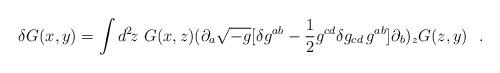
LaTeX: \begin{align*}\delta G(x,y)=\int d^2\!z\ G(x,z) (\partial_a\sqrt{-g}[\delta g^{ab}-{1\over2}g^{cd}\delta g_{cd}\, g^{ab}]\partial_b)_zG(z,y)\ \ .\end{align*}